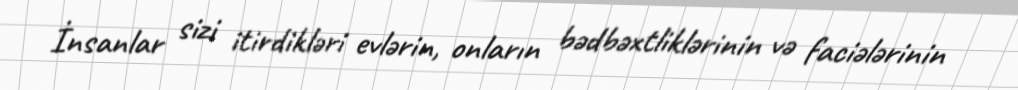
İnsanlar sizi itirdikləri evlərin, onların bədbəxtliklərinin və faciələrinin